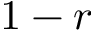
1 - r